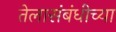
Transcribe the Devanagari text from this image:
तेलासंबंधीच्या